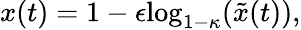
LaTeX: x(t)=1-\epsilon\mathrm{log}_{1-\kappa}(\tilde{x}(t)),